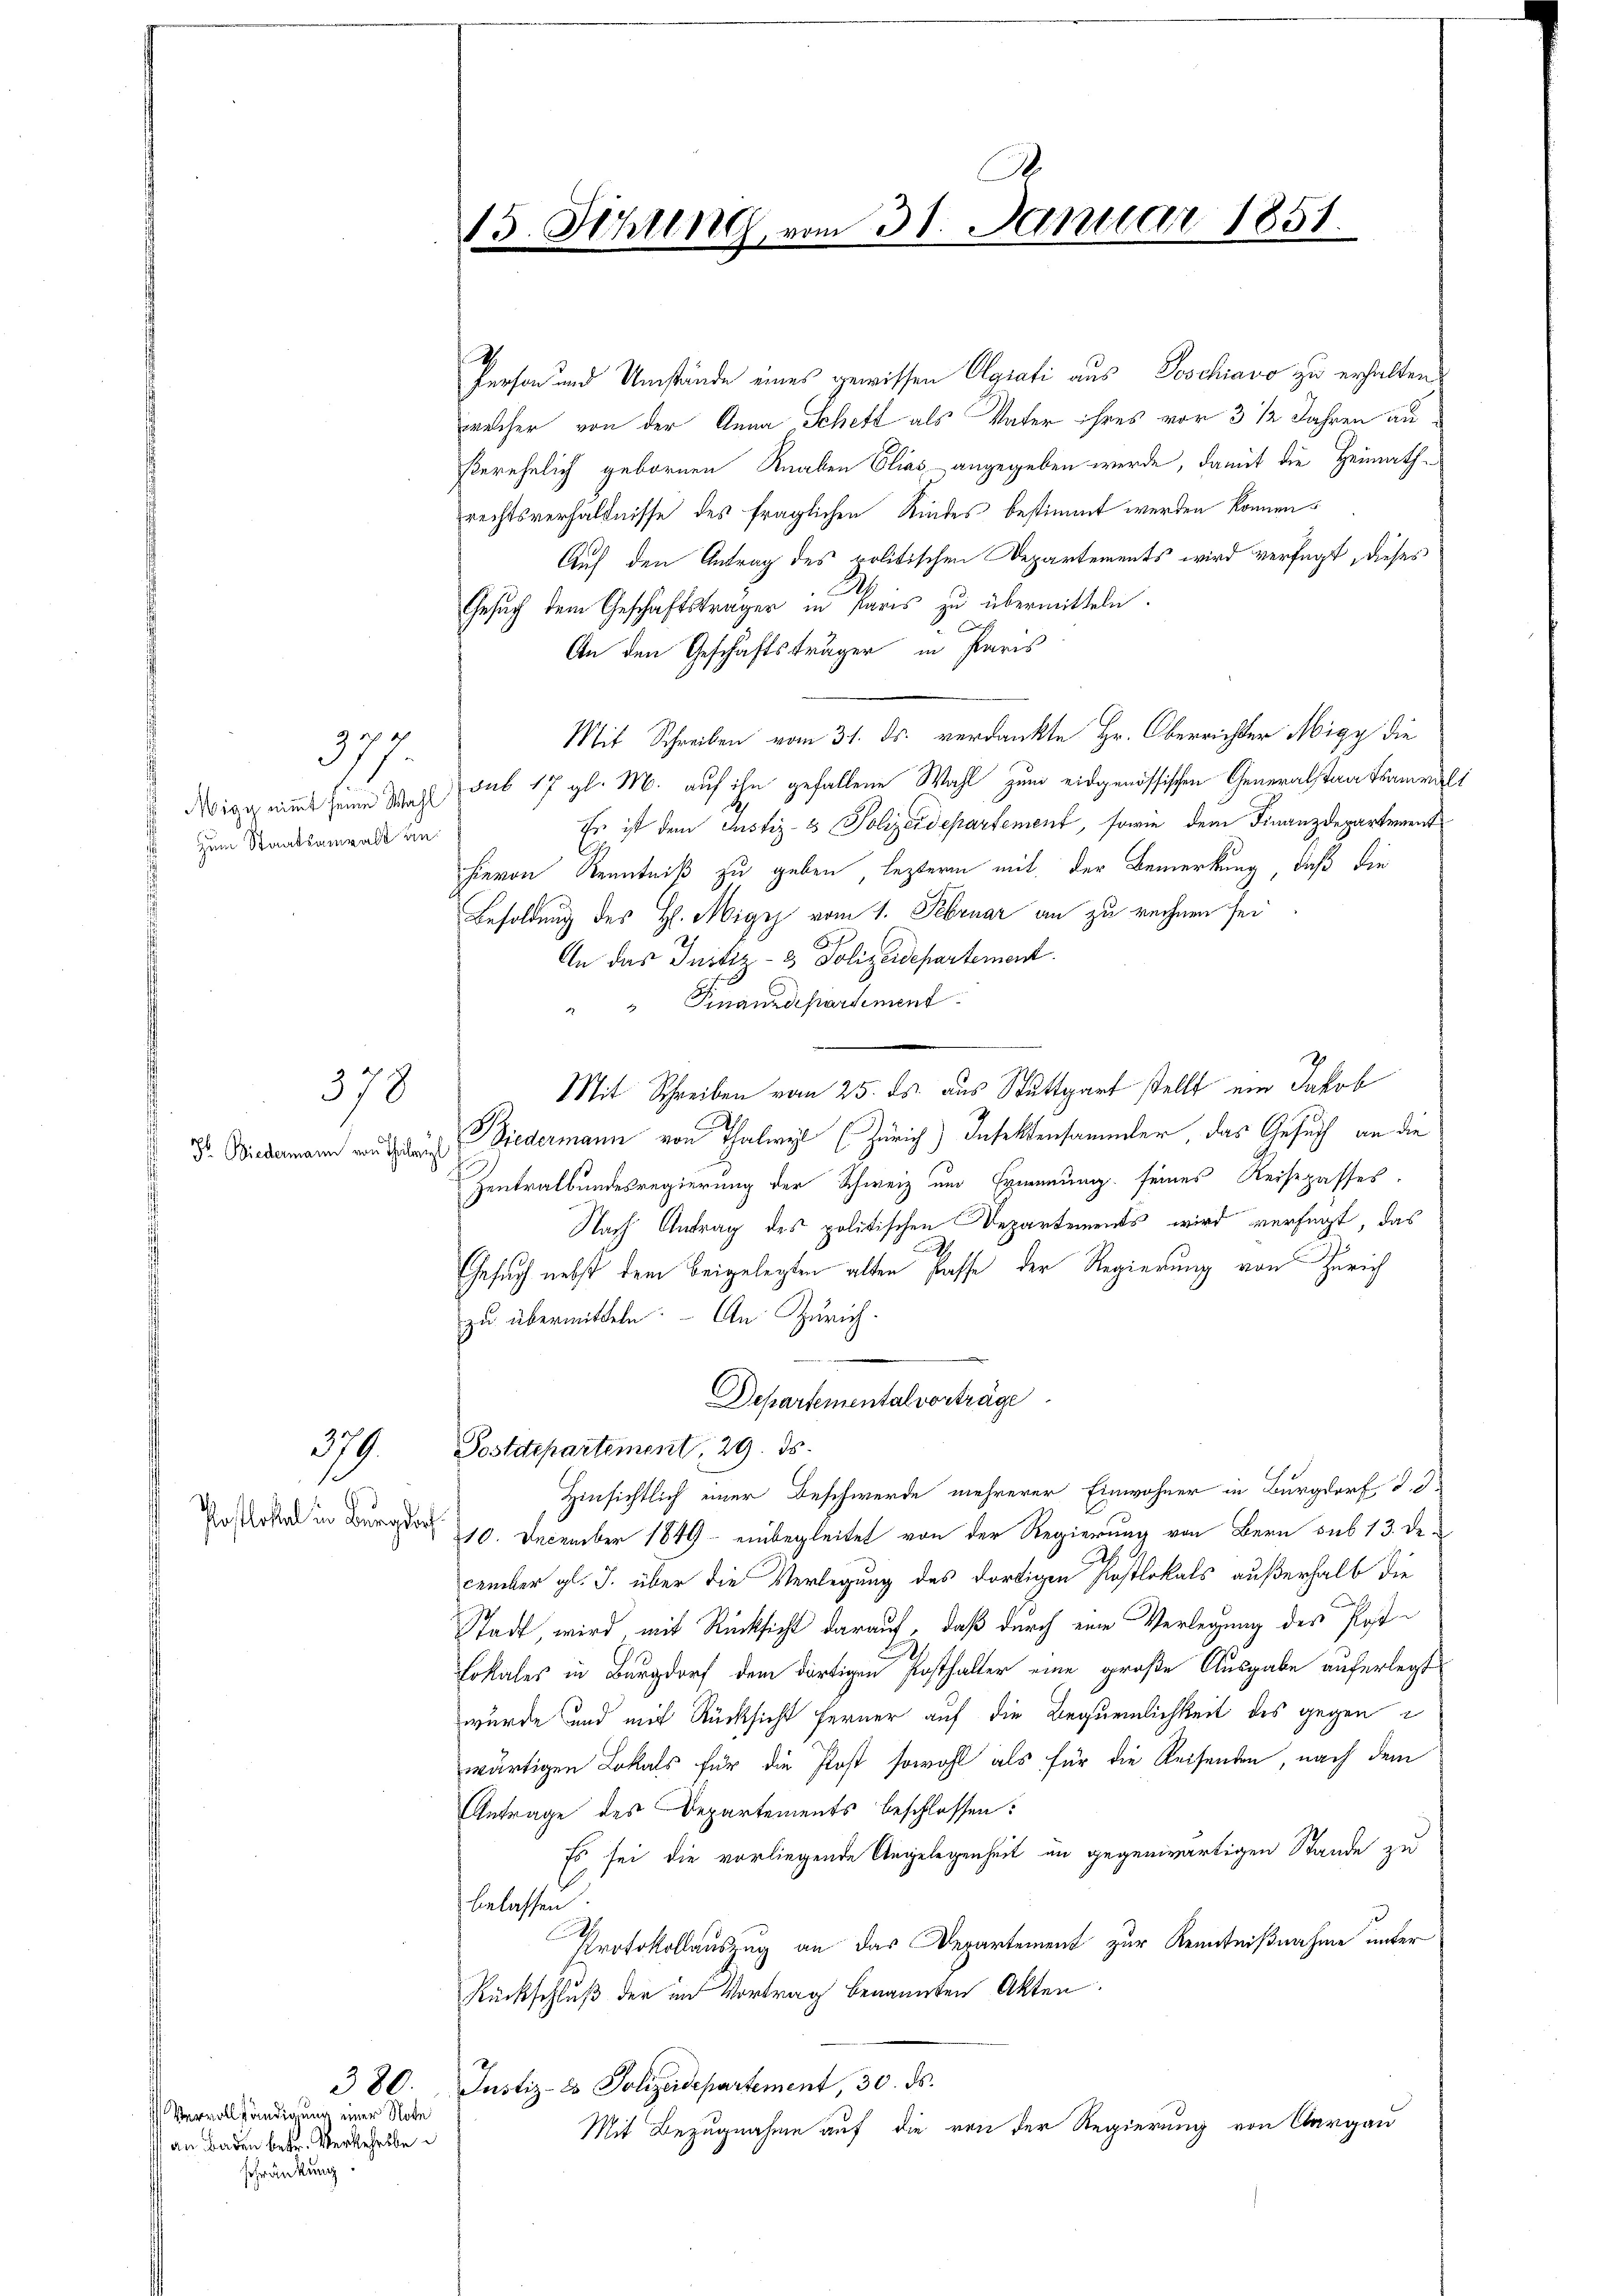
A.
15. Schling, vom 31. Januar 1851.

2
Person und Umstände eines gewissen Ograti aus Poschiavo zu erhalten
welcher von der Anna Schett als Vater ihres vor 3 1/2 Jahren anserehelich gebornen Knaben Elias angegeben werde, damit die Heimathrechtsverhältnisse des fraglichen Kindes bestimmt werden können.
Auf den Antrag des politischen Departements wird verfügt, dieses
2.
Gesuch dem Geschäftsträger in Paris zu übermitteln.
An den Geschäftsträger in Paris
Mit Schreiben vom 31. ds. verdankte Hr. Oberrichter Migy die
Wigg nimmt seine Wahl sub 17 gl. M. auf ihn gefallene Wahl zum eidgenössischen Generalstaatsammelt
Es ist dem Justiz- & Polizeidepartement, sowie dem Finanzdepartement
hievon Kenntniß zu geben, leztere mit der Bemerkung, daß die
Besoldung des H. Migry vom 1. Februar an zu rechnen sei
An das Justiz- & Polizeidepartement
" Finanzdepartement
Mit Schreiben vom 25. ds. aus Stuttgart stellt ein Jakob
Biedermann von Thalwyl (Zürich) Insektensammler, das Gesuch an die
Zentralbundesregierung der Schweiz und Ernennung seines Reisepasses.
Nach Antrag des politischen Departements wird verfügt, das
Gesuch nebst dem beigelegten alten Pässe der Regierung von Zürich
zu übermitteln. - An Zürich.
Departemental vorträge
Postdepartement, 29. ds.
Hinsichtlich einer Beschwerde mehrerer Einwohner in Burgdorf S. 3
10. December 1849 - einbegleitet von der Regierung von Bern sub 13. De-
cember gl. J. über die Verlegung des dortigen Postlokals außerhalb die
Stadt, wird, mit Rücksicht darauf, daß durch eine Verlegung des Post¬
Lokales in Burgdorf dem dortigen Posthalter eine große Ausgabe auferlegt
wurde und mit Rücksicht ferner auf die Bequemlichkeit des gegen
wärtigen Lokals für die Post sowohl als für die Reisenden, nach dem
Antrage des Departements beschlossen:
Es sei die vorliegende Angelegenheit in gegenwärtigen Stande zu
belassen.
Protokollauszug an das Departement zur Kenntnißnahme unter
Rückschluß der im Vortrag benannten Akten.
Justiz- & Polizeidepartement, 30. ds.
Mit Bezugnahme auf die von der Regierung von Aargau

f
377.
zum Staatsanwalt an:

378

Jr. Biedermann von Theilwyl

379.
Postlokal in Burgdorf

380.
Vervollständigung einer Note
an Baden betr. Verkehrsbe
schränkung